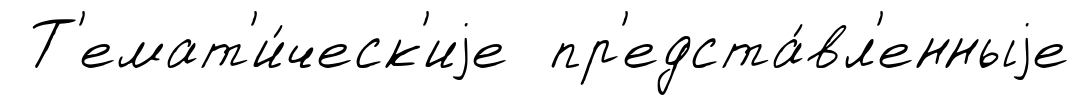
Т'емат'и́ческ'иjе пр'едста́вл'енныjе